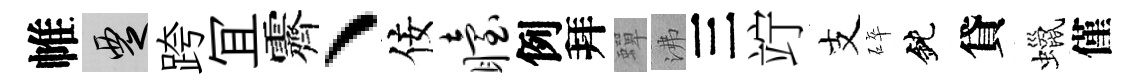
帷覂跨冝霽、佞眙例拜蟬沸三竚支碎鈍貸蠟僅